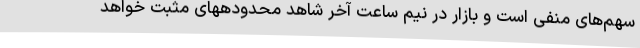
سهم‌های منفی است و بازار در نیم ساعت آخر شاهد محدودههای مثبت خواهد